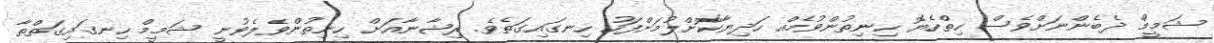
ޝަމީމް ދެބެންނަށްވެސް ހިތްހެޔޮ ހިނިތުންވުމެއް ހަދިޔާކޮށްލުމަށްފަހު ހިނގައިގަތެވެ. ރިޝާނާއަށް ހިނިތުންވެލެވުނީ ޝަމީމް ހިނގައިގަތްތާ